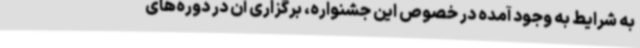
به شرایط به وجود آمده در خصوص این جشنواره، برگزاری آن در دوره‌های